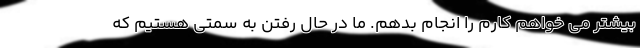
بیشتر می خواهم کارم را انجام بدهم. ما در حال رفتن به سمتی هستیم که